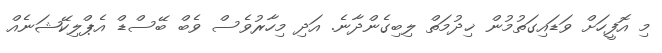
މި އޮފީހަށް ވަޑައިގަތުމުން ޚިދުމަތް ލިބިގެންދާނެ. އަދި މިހާރުވެސް ވެބް ބޭސްޑް އެޕްލިކޭޝަނެއް